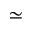
\simeq